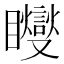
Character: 𥍆